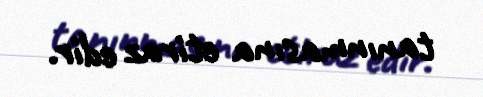
tanınmasına etiraz edir.